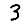
Digit: 3